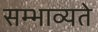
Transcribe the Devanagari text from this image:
सम्भाव्यते